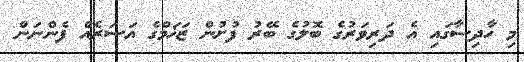
މި ހާދިސާގައި އެ ދަރިވަރުގެ ބޮލުގެ ބޭރު ފުށުން ޒަޚަމްގެ އަސަރެއް ފެންނަން